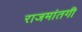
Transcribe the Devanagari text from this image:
राजमांतगी